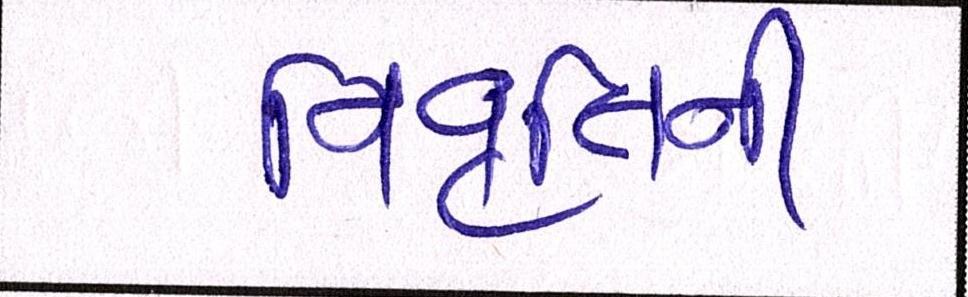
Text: નિવૃત્તિની